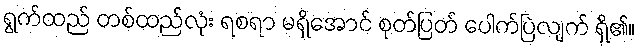
ရွက်ထည် တစ်ထည်လုံး ရစရာ မရှိအောင် စုတ်ပြတ် ပေါက်ပြဲလျက် ရှိ၏။